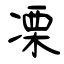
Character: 凓